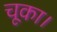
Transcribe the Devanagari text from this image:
चूका।